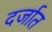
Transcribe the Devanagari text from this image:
दर्जात